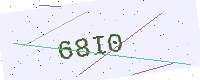
Text: 68I0